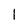
Character: 1